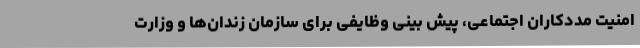
امنیت مددکاران اجتماعی، پیش بینی وظایفی برای سازمان زندان‌ها و وزارت